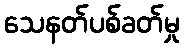
သေနတ်ပစ်ခတ်မှု